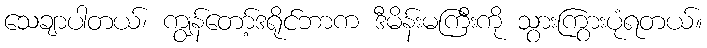
သေချာပါတယ်၊ ကျွန်တော့်ဒရိုင်ဘာက ဒီမိန်းမကြီးကို သွားကြွားပုံရတယ်။